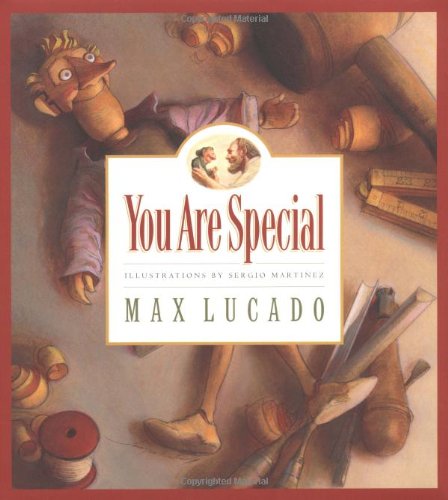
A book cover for You Are Special (Max Lucado's Wemmicks); Max Lucado; Christian Books & Bibles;